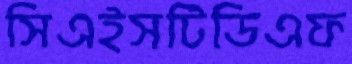
সিএইসটিডিএফ